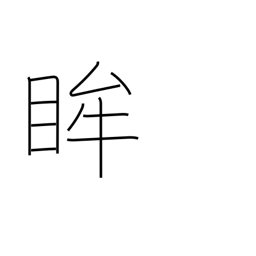
Meaning: pupil of the eye